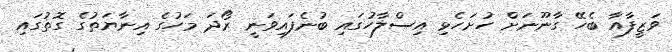
ވަޒީފާއާ ބެހޭ ގާނޫނަށް ހުށަހެޅި އިސްލާހުގައި ބުނެފައިވަނީ ރޯދަ މަހުގެ އިނާޔަތުގެ ގޮތުގައި